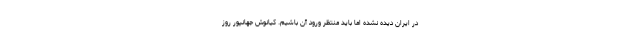
در ایران دیده نشده اما باید منتظر ورود آن باشیم. کیانوش جهانپور روز